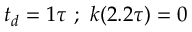
t _ { d } = 1 \tau \ ; \ k ( 2 . 2 \tau ) = 0